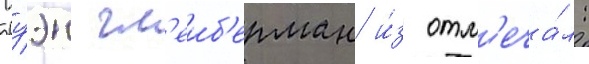
Оуэн гл'еиб'ерман и́з отм'еча́л: